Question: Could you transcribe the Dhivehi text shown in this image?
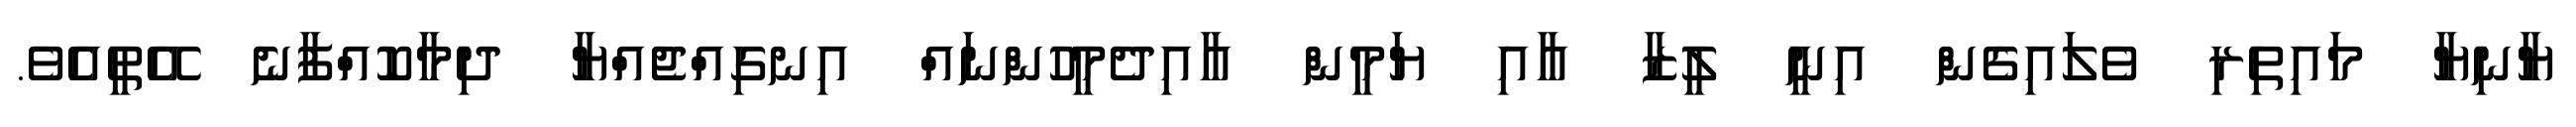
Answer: ޔާނިޔާ މައިތިރި ވެލައިގެން އިނީ ލީޒާ އާއި ޔަމީން އާއިދެމީހުންނައް އިނގިއްޖެއްޔާ ދިމާކޮއްފާނެ އޭތީއެވެ.